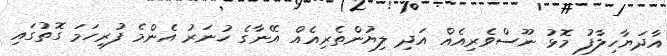
އާދަޔާހިލާފު މޮޅު ނޫސްވެރިއެއް އަދި ލިޔުންތެރިއެއް އޭނާގެ ހުނަރު އެންމެ ފުރިހަމަ ގޮތުގައި